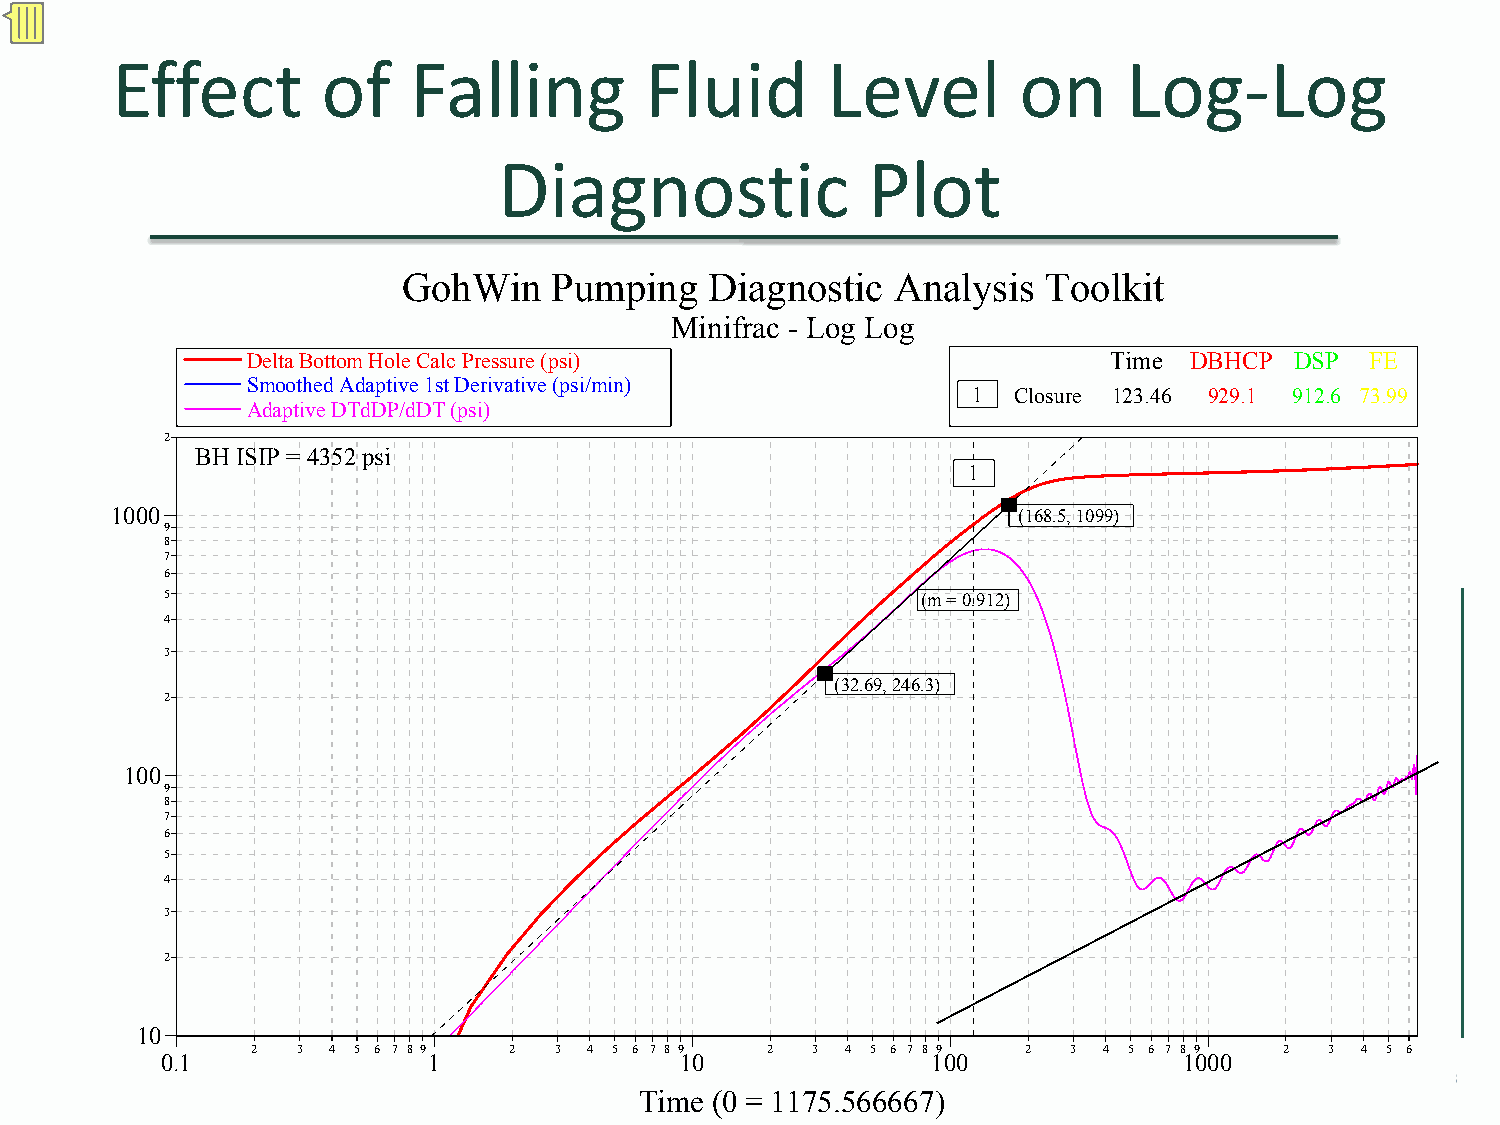
Effect        of    Falling         Fluid       Level       on      Log‐Log
 Diagnostic              Plot
 GohWin   Pumping    Diagnostic  Analysis  Toolkit
 Minifrac - Log Log
 Delta Bottom Hole Calc Pressure (psi)                    Time  DBHCP  DSP  FE
 Smoothed Adaptive 1st Derivative (psi/min)
 1  Closure 123.46 929.1 912.6 73.99
 Adaptive DTdDP/dDT (psi)
 2
 BH ISIP = 4352 psi
 1
 1000                                                        (168.5, 1099)
 9
 8
 7
 6
 5                                                 (m = 0.912)
 4
 3
 (32.69, 246.3)
 2
 100
 9
 8
 7
 6
 5
 4
 3
 2
 10
 2  3 4 5 6 7 8 9 2  3 4 5 6 7 8 9 2  3 4 5 6 7 8 9 2  3 4 5 6 7 8 9 2  3 4 5 6
 0.1              1                10               100            ©1 2000009
 Time (0 = 1175.566667)